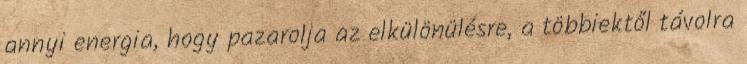
annyi energia, hogy pazarolja az elkülönülésre, a többiektől távolra